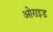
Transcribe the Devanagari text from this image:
ओराइड